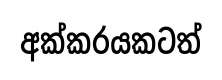
අක්කරයකටත්